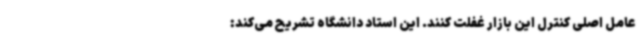
عامل اصلی کنترل این بازار غفلت کنند. این استاد دانشگاه تشریح می‌کند: